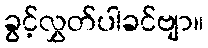
ခွင့်လွှတ်ပါခင်ဗျာ။